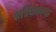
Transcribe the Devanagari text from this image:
क्षत्रियकन्या